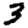
Digit: 3